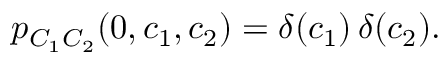
\begin{array} { r } { p _ { C _ { 1 } C _ { 2 } } ( 0 , c _ { 1 } , c _ { 2 } ) = \delta ( c _ { 1 } ) \, \delta ( c _ { 2 } ) . } \end{array}